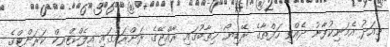
މިއަދު އެމަނިކުފާނު ދެއްވި ހަފްތާގެ ރޭޑިޔޯ ޚިޠާބުގައި ރާއްޖޭގެ ރަށްރަށުގައި އިލެކްޓްރިކް ކަރަންޓްގެ